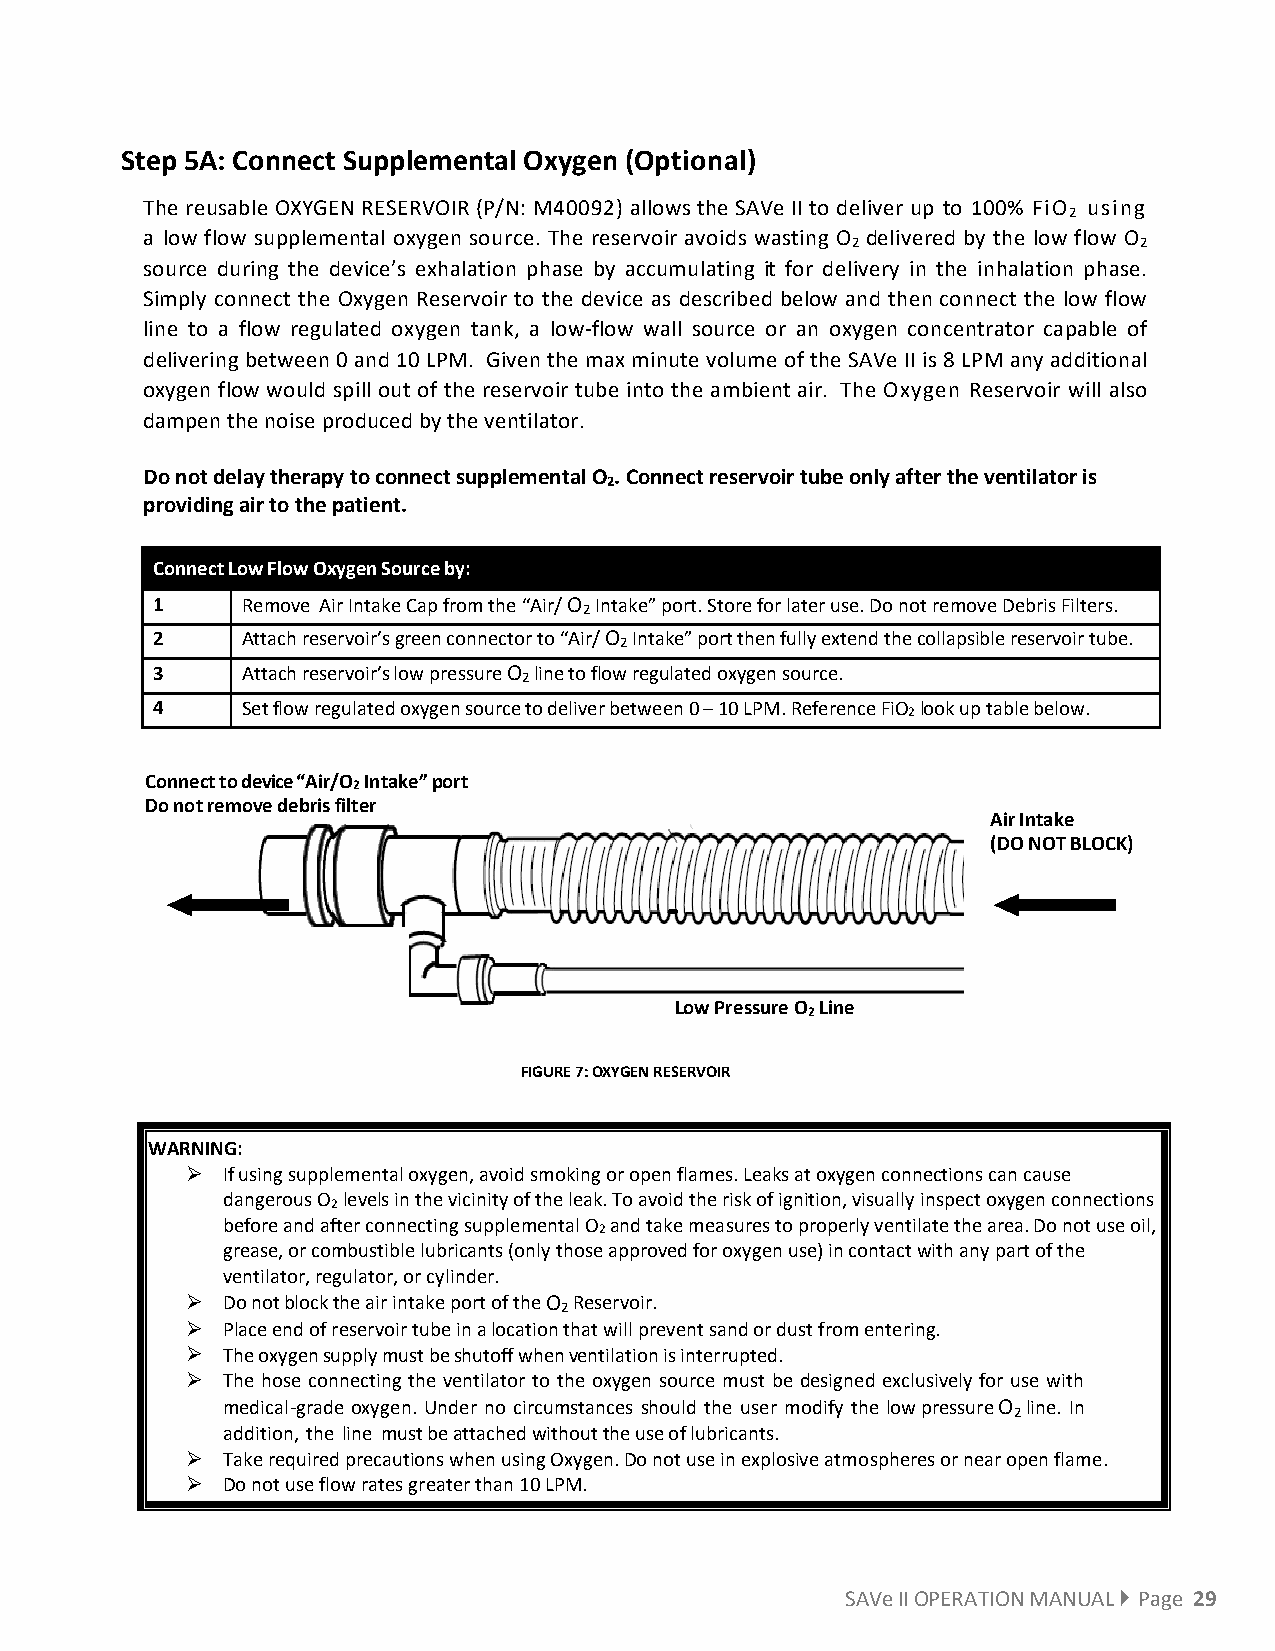
Step 5A: Connect Supplemental Oxygen (Optional)
 The reusable OXYGEN RESERVOIR (P/N: M40092) allows the SAVe II to deliver up to 100% FiO using
 2
 a low flow supplemental oxygen source. The reservoir avoids wasting O delivered by the low flow O
 2                  2
 source during the device’s exhalation phase by accumulating it for delivery in the inhalation phase.
 Simply connect the Oxygen Reservoir to the device as described below and then connect the low flow
 line to a flow regulated oxygen tank, a low-flow wall source or an oxygen concentrator capable of
 delivering between 0 and 10 LPM. Given the max minute volume of the SAVe II is 8 LPM any additional
 oxygen flow would spill out of the reservoir tube into the ambient air. The Oxygen Reservoir will also
 dampen the noise produced by the ventilator.
 Do not delay therapy to connect supplemental O . Connect reservoir tube only after the ventilator is
 2
 providing air to the patient.
 Connect Low Flow Oxygen Source by:
 1     Remove Air Intake Cap from the “Air/ O Intake” port. Store for later use. Do not remove Debris Filters.
 2
 2     Attach reservoir’s green connector to “Air/ O Intake” port then fully extend the collapsible reservoir tube.
 2
 3     Attach reservoir’s low pressure O line to flow regulated oxygen source.
 2
 4     Set flow regulated oxygen source to deliver between 0 – 10 LPM. Reference FiO2 look up table below.
 Connect to device “Air/O2 Intake” port
 Do not remove debris filter
 Air Intake
 (DO NOT BLOCK)
 Low Pressure O Line
 2
 FIGURE 7: OXYGEN RESERVOIR
 WARNING:
   If using supplemental oxygen, avoid smoking or open flames. Leaks at oxygen connections can cause
 dangerous O levels in the vicinity of the leak. To avoid the risk of ignition, visually inspect oxygen connections
 2
 before and after connecting supplemental O and take measures to properly ventilate the area. Do not use oil,
 2
 grease, or combustible lubricants (only those approved for oxygen use) in contact with any part of the
 ventilator, regulator, or cylinder.
   Do not block the air intake port of the O Reservoir.
 2
   Place end of reservoir tube in a location that will prevent sand or dust from entering.
   The oxygen supply must be shutoff when ventilation is interrupted.
   The hose connecting the ventilator to the oxygen source must be designed exclusively for use with
 medical-grade oxygen. Under no circumstances should the user modify the low pressure O line. In
 2
 addition, the line must be attached without the use of lubricants.
   Take required precautions when using Oxygen. Do not use in explosive atmospheres or near open flame.
   Do not use flow rates greater than 10 LPM.
 SAVe II OPERATION MANUAL  Page 29